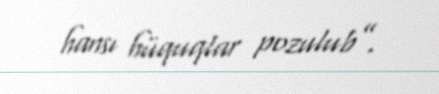
hansı hüquqlar pozulub”.